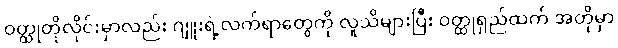
ဝတ္ထုတိုလိုင်းမှာလည်း ဂျူးရဲ့လက်ရာတွေကို လူသိများပြီး ဝတ္ထုရှည်ထက် အတိုမှာ